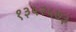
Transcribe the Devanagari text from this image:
१३५२५७३